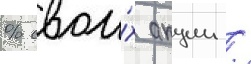
% свои́х акции /